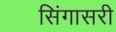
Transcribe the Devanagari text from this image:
सिंगासरी